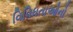
વિવિધતાઓનો